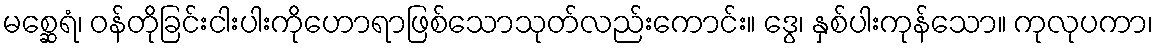
မစ္ဆေရံ၊ ဝန်တိုခြင်းငါးပါးကိုဟောရာဖြစ်သောသုတ်လည်းကောင်း။ ဒွေ၊ နှစ်ပါးကုန်သော။ ကုလုပကာ၊